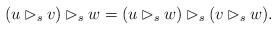
LaTeX: \begin{align*} (u \rhd_s v)\rhd_s w=(u\rhd_s w)\rhd_s (v\rhd_s w).\end{align*}